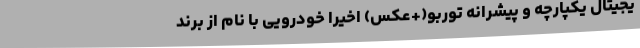
یجیتال یکپارچه و پیشرانه توربو(+عکس) اخیرا خودرویی با نام از برند